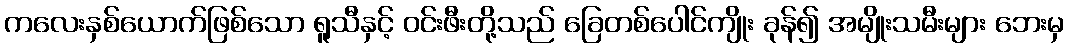
ကလေးနှစ်ယောက်ဖြစ်သော ရူသီနှင့် ဝင်းဖီးတို့သည် ခြေတစ်ပေါင်ကျိုး ခုန်၍ အမျိုးသမီးများ ဘေးမှ